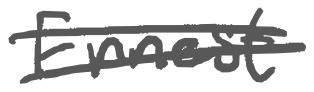
Text: Ernest
Cross-out: mix
Writing tool: digital_gray